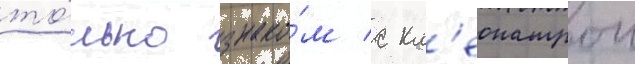
то́лько знако́м с кл'еопатрои